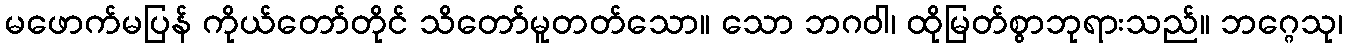
မဖောက်မပြန် ကိုယ်တော်တိုင် သိတော်မူတတ်သော။ သော ဘဂဝါ၊ ထိုမြတ်စွာဘုရားသည်။ ဘဂ္ဂေသု၊